Vana-Antsla_vallavalitsus, lk 169
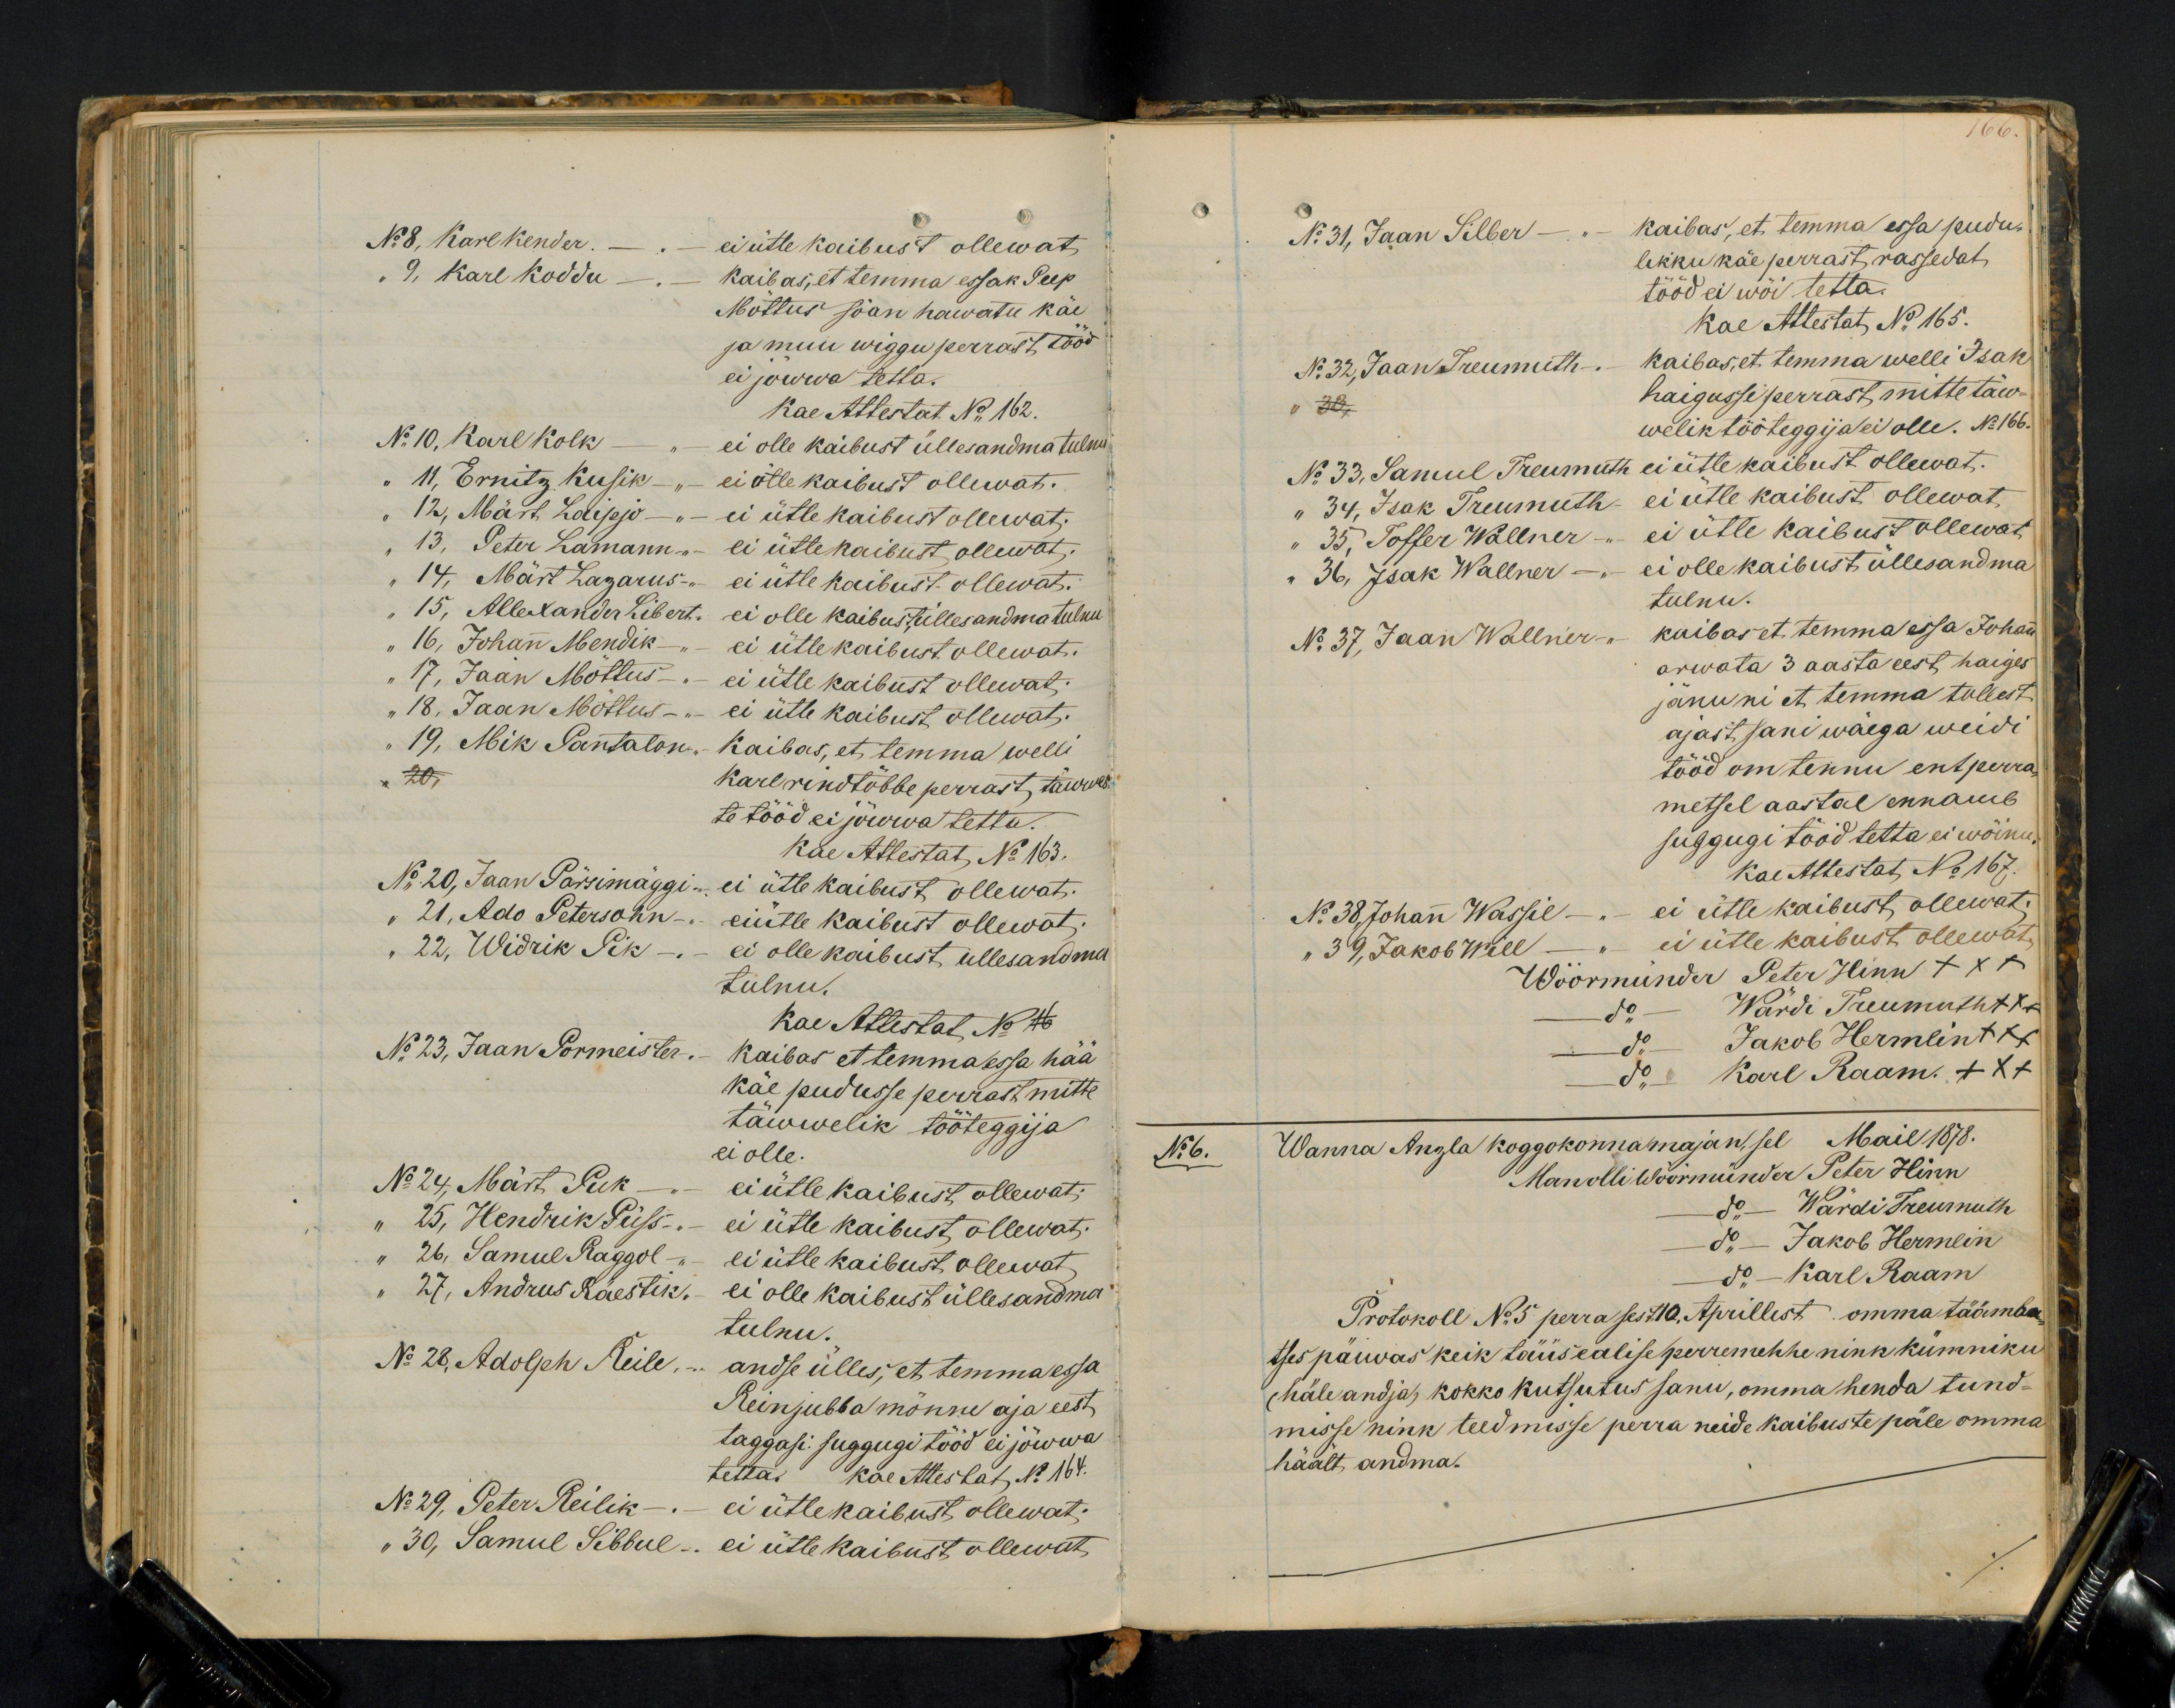
166

No 8, Karl Kender.
ei ütle kaibust ollewat.
" 9, Karl Koddu
Kaibas, et temma essak Peep
Mõttus söan hawatu käe
ja muu wiggu perrast tööd
ei jöwwa tetta.
Kae Attestat No 162.
No 10, Karl Kolk
ei olle kaibust üllesandma tulnu
" 11, Ernitz Kusik
ei ütle kaibust ollewat.
" 12, Märt Laipjo -
ei ütle kaibust ollewat.
" 13, Peter Lamann - "
ei ütle kaibust ollewat.
" 14, Märt Lazarus - "
ei ütle kaibust ollewat.
" 15, Allexander Libert-
ei olle kaibust ülles andma tulnu
" 16, Johann Mendik -
ei ütle kaibust ollewat.
" 17, Jaan Möttus
ei ütle kaibust ollewat.
" 18, Jaan Möttus -
ei ütle kaibust ollewat.
" 19, Mik Pantalon -
Kaibas, et temma welli
20
Karl rindtõbbe perrast, täwwes-
te tööd ei jõwwa tetta.
Kae Attestat No 163.
No 20, Jaan Pärsimäggi -
ei ütle kaibust ollewat.
"21, Ado Petersohn -
ei ütle kaibust ollewat.
" 22, Widrik Pik -
ei olle kaibust üllesandma
tulnu.
Kae Attestat No 16
No 23, Jaan Pormeister -
Kaibas et temma essa hää
käe pudusse perrast mitte
täwwelik tööteggija
ei olle.
No 24 Märt Puk
ei ütle kaibust ollewat.
" 25, Hendrik Püss -
ei ütle kaibust ollewat.
" 26, Samul Raggol -
ei ütle kaibust ollewat
" 27, Andrus Räestik.
ei olle kaibust üllesandma
tulnu.
No 28. Adolph Reile,
andse ülles, et temma essa
Rein jubba mõnne aja eest
taggasi suggugi tööd ei jõwwa
tetta. Kae Attestat No 164.
No 29 Peter Reilik
ei ütlekaibust ollewat.
" 30, Samul Sibbul - ei ütle kaibust ollewat

No 31, Jaan Silber -
kaibas, et temma essa pudu-
likku käe perrast rassedat
tööd ei wöi tetta.
Kae attestat No 165.
No 32, Jaan Treumuth.
kaibas, et temma welli Isak
" 33
haigusse perrast, mitte täw-
welik tööteggija ei olle. No 166.
No 33, Samul Treumuth
ei ütle kaibust ollewat.
" 34, Isak Treumuth.
ei ütle kaibust ollewat.
" 35, Toffer Wallner -
ei ütle kaibust ollewat
" 36, Isak Wallner - "
ei olle kaibust üllesandma
tulnu.
No 37 Jaan Wallner -
kaibas et temma essa Johann
arwata 3 aasta eest haiges
jänu ni et temma tollest
ajast sani wäega weidi
tööd om tennu ent perra-
metsel aastal ennamb
suggugi tööd tetta ei wöinu
Kae Attestat, No 167.
No 38. Johann Wassil - - ei ütle kaibust ollewat.
" 39, Jakob Will - " - ei ütle kaibust ollewat.
Wöörmünder Peter Hinn XXX
do Wärdi Treumuth xxx
do Jakob Hermlin xxx
do Karl Raam. XXX
No 6.
Wanna Anzla koggokonna majan, sel Mail 1878.
Man olli Wöörmünder Peter Hinn
do - Wärdi Treumuth
do - Jakob Hermein
do Karl Raam
Protokoll No 5 perra sest 10. Aprillist omma täämba
tses päiwas keik täüsealise perremehhe nink kümniku
(häleandja) kokko kutsutus sanu, omma henda tund-
misse nink teedmisse perra neide kaibuste päle omma
häält andma.